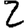
Digit: 2